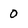
Character: 0